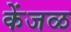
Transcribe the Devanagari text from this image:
केंजळ